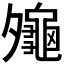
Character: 𪚪